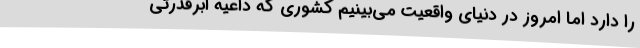
را دارد اما امروز در دنیای واقعیت می‌بینیم کشوری که داعیه ابرقدرتی